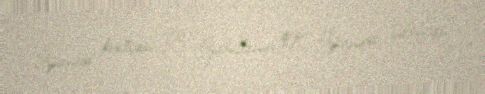
İspaniya kraliçası II İzabellanın qızı, İspaniya infantası.